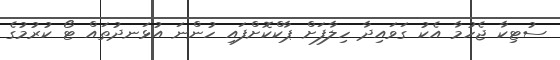
ސުޓިކާ ޖެހުމާ އެކު ގަވައިދާ ހިލާފަށް ޕާކްކޮށްފައި ހުންނަ އުޅަނދުތައް ޓޯ ކުރުމުގެ